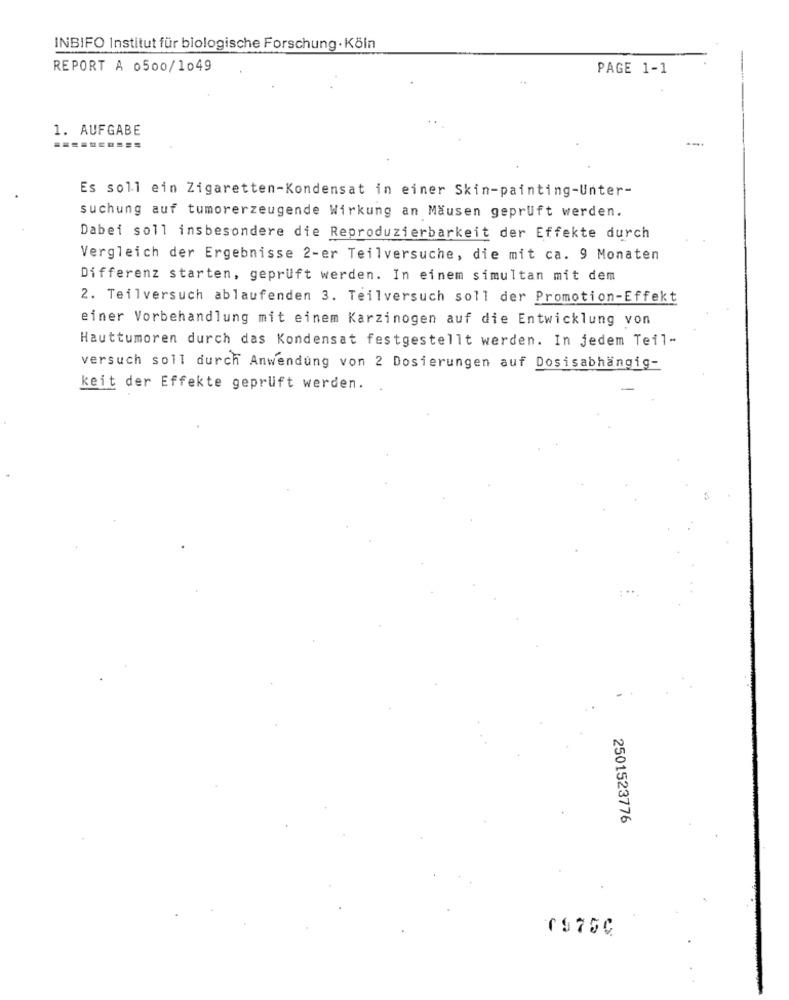
INBIFO Institut für biologische Forschung - Köln
REPORT A 0500/1049
PAGE 1-1
1. AUFGABE
.-..
Es soll ein Zigaretten-Kondensat in einer Skin-painting-Unter-
suchung auf tumorerzeugende Wirkung an Mäusen geprüft werden.
Dabei soll insbesondere die Reproduzierbarkeit der Effekte durch
Vergleich der Ergebnisse 2-er Teilversuche, die mit ca. 9 Monaten
Differenz starten, geprüft werden. In einem simultan mit dem
2. Teilversuch ablaufenden 3. Teilversuch soll der Promotion-Effekt
einer Vorbehandlung mit einem Karzinogen auf die Entwicklung von
Hauttumoren durch das Kondensat festgestellt werden. In jedem Teil-
versuch soll durch Anwendung von 2 Dosierungen auf Dosisabhängig-
keit der Effekte geprüft werden.
2501523776
7975C